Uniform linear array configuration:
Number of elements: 12
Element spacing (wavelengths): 0.5
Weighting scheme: binomial
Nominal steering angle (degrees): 15
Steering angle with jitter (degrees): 13.963
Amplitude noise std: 0.05
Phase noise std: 0.05

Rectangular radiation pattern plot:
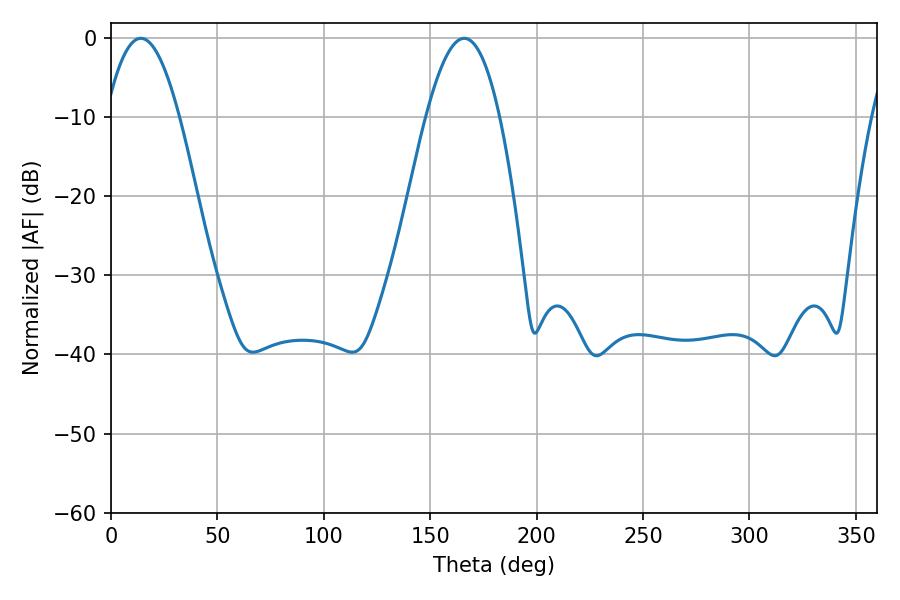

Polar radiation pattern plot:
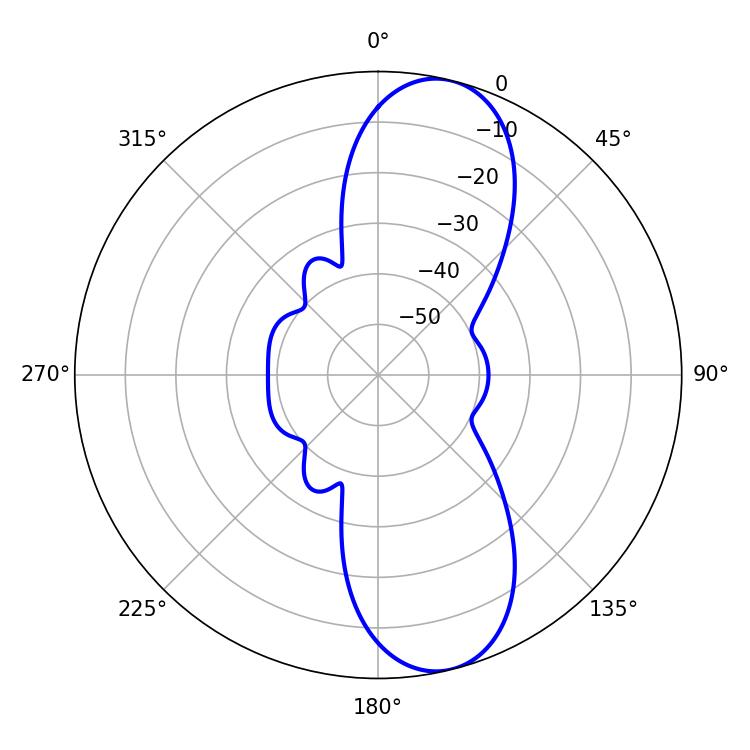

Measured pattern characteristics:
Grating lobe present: FALSE
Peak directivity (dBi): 10.544
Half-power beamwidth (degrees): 18.72
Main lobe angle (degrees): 14.04